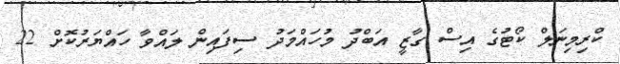
ކްރިމިނަލް ކޯޓުގެ އިސް ގާޒީ އަބްދު މުހައްމަދު ސިފައިން ލައްވާ ހައްޔަރުކޮށް 22